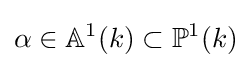
\alpha \in \mathbb {A} ^{1}(k)\subset \mathbb {P} ^{1}(k)